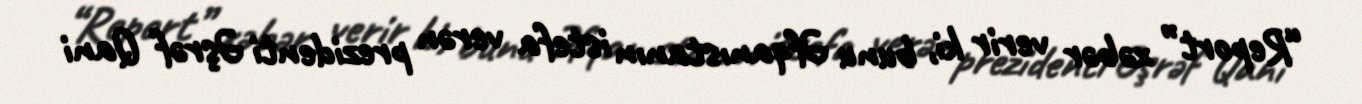
“Report” xəbər verir ki, bunu Əfqanıstanın istefa verən prezidenti Əşrəf Qani